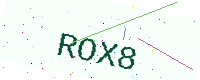
Text: ROX8